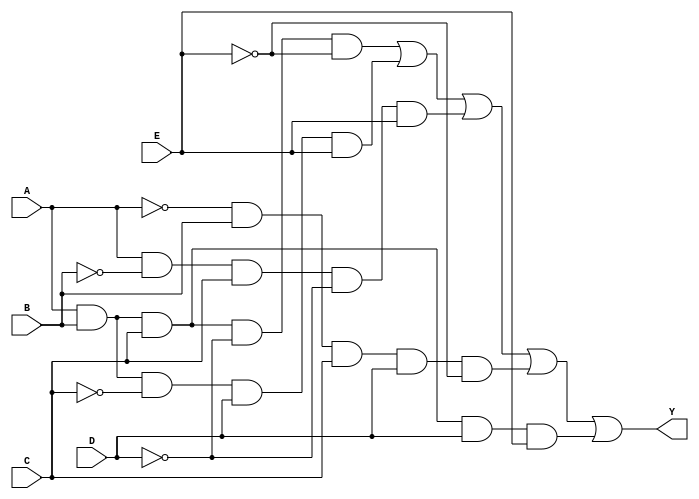
module kmap_5var (
    input wire A,  // Input variable A
    input wire B,  // Input variable B
    input wire C,  // Input variable C
    input wire D,  // Input variable D
    input wire E,  // Input variable E
    output wire Y   // Output variable Y
);

// K-map derived simplified expression
// This example assumes a hypothetical expression for demonstration purposes.
// Replace the following logic with the actual expression derived from your K-map.
assign Y = (A & B & C & ~D & ~E) |  // Group 1
           (A & B & ~C & D & E) |  // Group 2
           (A & ~B & C & ~D & E) |  // Group 3
           (~A & B & C & D & ~E) |  // Group 4
           (A & B & C & D & E);     // Group 5

endmodule